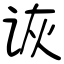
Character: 诙